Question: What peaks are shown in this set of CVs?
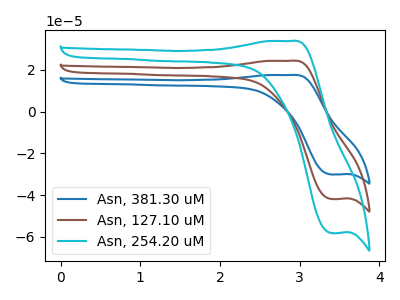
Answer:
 <answer>The blue curve "Asn, 381.30 uM" has an anodic peak at (2.90V, 48.65uA) and a cathodic peak at (3.40V, -83.75uA). The brown curve "Asn, 127.10 uM" has an anodic peak at (2.90V, 24.30uA) and a cathodic peak at (3.40V, -41.90uA). The cyan curve "Asn, 254.20 uM" has an anodic peak at (2.90V, 33.80uA) and a cathodic peak at (3.40V, -58.20uA).</answer>
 <eval></eval>